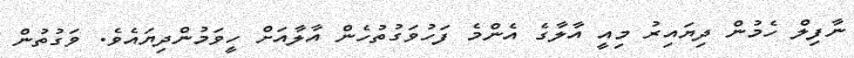
ނާފިލް ހެމުން ދިޔައިރު މިއީ އާލާގެ އެންމެ ފަހުވަގުތުހެން އާލާއަށް ހީވަމުންދިޔައެވެ. ވަގުތުން